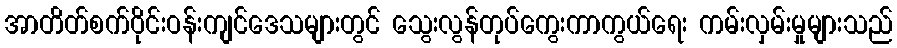
အာတိတ်စက်ဝိုင်းဝန်းကျင်ဒေသများတွင် သွေးလွန်တုပ်ကွေးကာကွယ်ရေး ကမ်းလှမ်းမှုများသည်